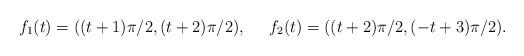
LaTeX: \begin{align*}f_1(t) &= ((t + 1)\pi/2, (t + 2)\pi/2), &f_2(t) &= ((t + 2)\pi/2, (-t + 3)\pi/2).\end{align*}